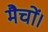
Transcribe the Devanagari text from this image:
मैचों।